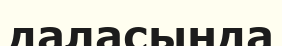
даласында